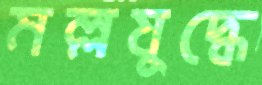
মল্লযুদ্ধে